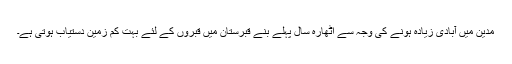
مدین میں آبادی زیادہ ہونے کی وجہ سے اٹھارہ سال پہلے بنے قبرستان میں قبروں کے لئے بہت کم زمین دستیاب ہوتی ہے۔